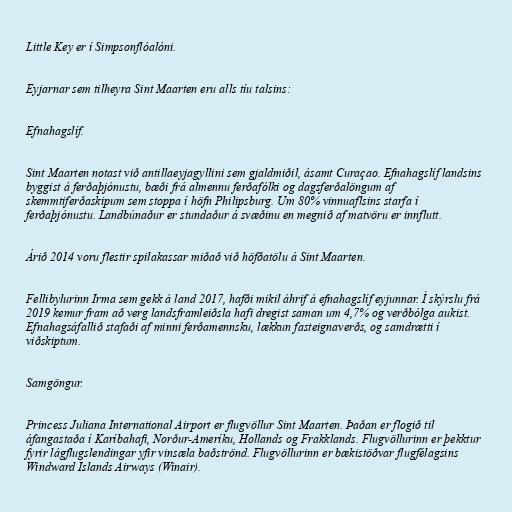
Little Key er í Simpsonflóalóni.

Eyjarnar sem tilheyra Sint Maarten eru alls tíu talsins:

Efnahagslíf.

Sint Maarten notast við antillaeyjagyllini sem gjaldmiðil, ásamt Curaçao. Efnahagslíf landsins
byggist á ferðaþjónustu, bæði frá almennu ferðafólki og dagsferðalöngum af
skemmtiferðaskipum sem stoppa í höfn Philipsburg. Um 80% vinnuaflsins starfa í
ferðaþjónustu. Landbúnaður er stundaður á svæðinu en megnið af matvöru er innflutt.

Árið 2014 voru flestir spilakassar miðað við höfðatölu á Sint Maarten.

Fellibylurinn Irma sem gekk á land 2017, hafði mikil áhrif á efnahagslíf eyjunnar. Í skýrslu frá
2019 kemur fram að verg landsframleiðsla hafi dregist saman um 4,7% og verðbólga aukist.
Efnahagsáfallið stafaði af minni ferðamennsku, lækkun fasteignaverðs, og samdrætti í
viðskiptum.

Samgöngur.

Princess Juliana International Airport er flugvöllur Sint Maarten. Þaðan er flogið til
áfangastaða í Karíbahafi, Norður-Ameríku, Hollands og Frakklands. Flugvöllurinn er þekktur
fyrir lágflugslendingar yfir vinsæla baðströnd. Flugvöllurinn er bækistöðvar flugfélagsins
Windward Islands Airways (Winair).